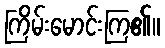
ကြိမ်းမောင်းကြ၏။